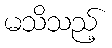
မသိသည့်